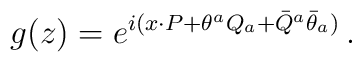
g(z)=\displaystyle{e^{i(x{\cdot P}+\theta^{a}Q_{a}+\bar{Q}^{a}\bar{\theta}_{a})}}\,.